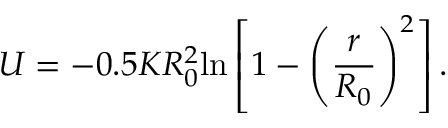
U = - 0 . 5 K R _ { 0 } ^ { 2 } \mathrm { l n } \left[ 1 - \left( \frac { r } { R _ { 0 } } \right) ^ { 2 } \right] .